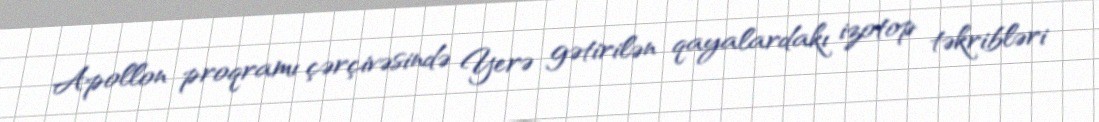
Apollon proqramı çərçivəsində Yerə gətirilən qayalardakı izotop təkribləri